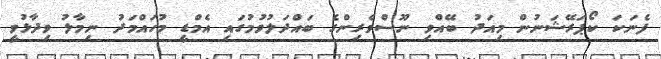
ފެނަކަ ކޯޕަރޭޝަނުން މިއަދު ބޭއްވި ނޫސްވެރިންގެ ބައްދަލުވުމުގައި އެމްޑީ މުހައްމަދު ނިމާލު ވިދާޅުވީ